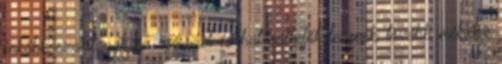
inkább szakítanak az egésszel és határátkelők lesznek, tovább mélyítve